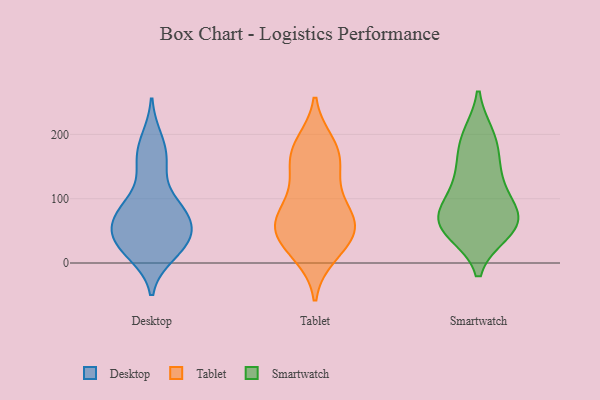
{"axis": {"x": "Net Income (USD K)", "y": "Value"}, "legend": ["Desktop", "Smartwatch", "Tablet"], "data": [{"x": "", "y": 88, "type": "Desktop"}, {"x": "", "y": 37, "type": "Desktop"}, {"x": "", "y": 33, "type": "Desktop"}, {"x": "", "y": 87, "type": "Desktop"}, {"x": "", "y": 68, "type": "Desktop"}, {"x": "", "y": 164, "type": "Desktop"}, {"x": "", "y": 51, "type": "Desktop"}, {"x": "", "y": 151, "type": "Desktop"}, {"x": "", "y": 192, "type": "Desktop"}, {"x": "", "y": 14, "type": "Desktop"}, {"x": "", "y": 83, "type": "Desktop"}, {"x": "", "y": 51, "type": "Desktop"}, {"x": "", "y": 20, "type": "Desktop"}, {"x": "", "y": 31, "type": "Tablet"}, {"x": "", "y": 15, "type": "Tablet"}, {"x": "", "y": 167, "type": "Tablet"}, {"x": "", "y": 69, "type": "Tablet"}, {"x": "", "y": 58, "type": "Tablet"}, {"x": "", "y": 42, "type": "Tablet"}, {"x": "", "y": 52, "type": "Tablet"}, {"x": "", "y": 186, "type": "Tablet"}, {"x": "", "y": 67, "type": "Tablet"}, {"x": "", "y": 53, "type": "Tablet"}, {"x": "", "y": 164, "type": "Tablet"}, {"x": "", "y": 133, "type": "Tablet"}, {"x": "", "y": 187, "type": "Tablet"}, {"x": "", "y": 12, "type": "Tablet"}, {"x": "", "y": 112, "type": "Tablet"}, {"x": "", "y": 156, "type": "Tablet"}, {"x": "", "y": 93, "type": "Tablet"}, {"x": "", "y": 70, "type": "Tablet"}, {"x": "", "y": 85, "type": "Smartwatch"}, {"x": "", "y": 83, "type": "Smartwatch"}, {"x": "", "y": 133, "type": "Smartwatch"}, {"x": "", "y": 65, "type": "Smartwatch"}, {"x": "", "y": 53, "type": "Smartwatch"}, {"x": "", "y": 198, "type": "Smartwatch"}, {"x": "", "y": 63, "type": "Smartwatch"}, {"x": "", "y": 48, "type": "Smartwatch"}, {"x": "", "y": 48, "type": "Smartwatch"}, {"x": "", "y": 71, "type": "Smartwatch"}, {"x": "", "y": 198, "type": "Smartwatch"}, {"x": "", "y": 174, "type": "Smartwatch"}, {"x": "", "y": 146, "type": "Smartwatch"}, {"x": "", "y": 113, "type": "Smartwatch"}]}